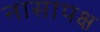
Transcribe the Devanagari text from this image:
नासापक्ष